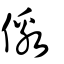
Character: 儌